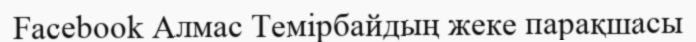
Facebook Алмас Темірбайдың жеке парақшасы